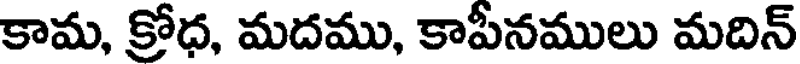
కామ, క్రోధ, మదము, కాపీనములు మదిన్